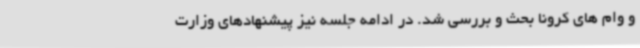
و وام های کرونا بحث و بررسی شد. در ادامه جلسه نیز پیشنهادهای وزارت